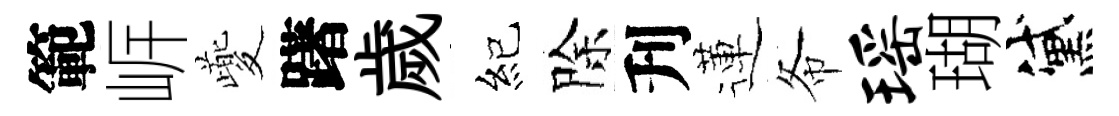
範㟁夔躇歲紀除刋蓮𢁙瑶瑚黛